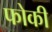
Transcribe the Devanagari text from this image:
फोकी